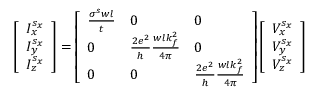
\left[ \begin{array} { l } { I _ { x } ^ { s _ { x } } } \\ { I _ { y } ^ { s _ { x } } } \\ { I _ { z } ^ { s _ { x } } } \end{array} \right] = \left[ \begin{array} { l l l } { \frac { \sigma ^ { s } w l } { t } } & { 0 } & { 0 } \\ { 0 } & { \frac { 2 e ^ { 2 } } { h } \frac { w l k _ { f } ^ { 2 } } { 4 \pi } } & { 0 } \\ { 0 } & { 0 } & { \frac { 2 e ^ { 2 } } { h } \frac { w l k _ { f } ^ { 2 } } { 4 \pi } } \end{array} \right] \left[ \begin{array} { l } { V _ { x } ^ { s _ { x } } } \\ { V _ { y } ^ { s _ { x } } } \\ { V _ { z } ^ { s _ { x } } } \end{array} \right]